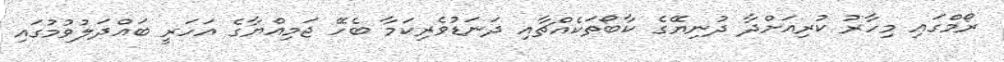
ރޯމްގައި މިހާރު ކުރިއަށްދާ ދުނިޔޭގެ ކާބޯތަކެއްޗާއި ދަނަޑުވެރިކަމާ ބެހޭ ޖަމިއްޔާގެ އަހަރީ ބައްދަލުވުމުގައި